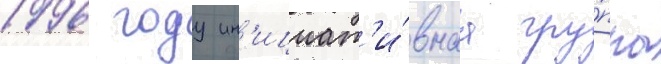
1996 году ин'ициат'и́внаа гру́ппа